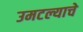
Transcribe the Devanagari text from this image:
उमटल्याचे